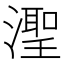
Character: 𬉊